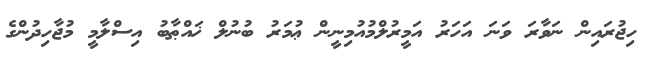
ހިޖުރައިން ނަވާރަ ވަނަ އަހަރު އަމީރުލްމުއުމިނީން ޢުމަރު ބުނުލް ޚައްޠާބު އިސްލާމީ މުޖާހިދުންގެ